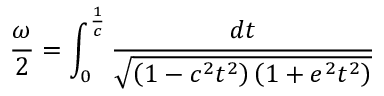
{ \frac { \omega } { 2 } } = \int _ { 0 } ^ { \frac { 1 } { c } } { \frac { d t } { \sqrt { \left( 1 - c ^ { 2 } t ^ { 2 } \right) \left( 1 + e ^ { 2 } t ^ { 2 } \right) } } }